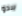
يبدو